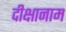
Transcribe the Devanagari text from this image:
दीक्षानाम